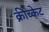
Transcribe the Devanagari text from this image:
क्रीच्केट